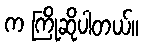
က ကြိုဆိုပါတယ်။